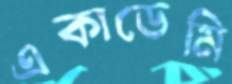
একাডেমি